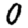
Digit: 0